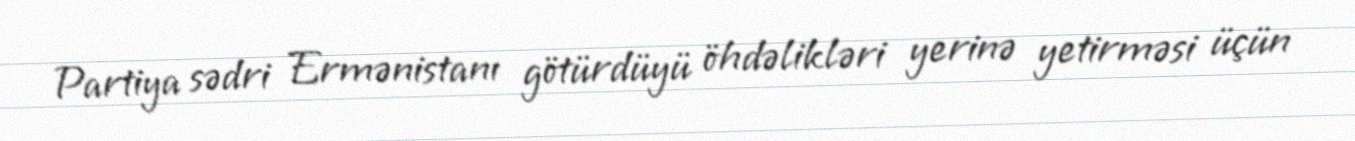
Partiya sədri Ermənistanı götürdüyü öhdəlikləri yerinə yetirməsi üçün